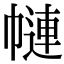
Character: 𢄱